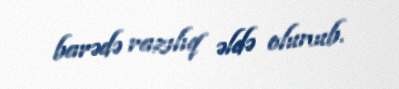
barədə razılıq əldə olunub.